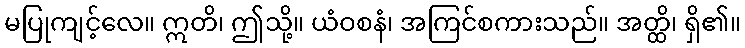
မပြုကျင့်လေ။ ဣတိ၊ ဤသို့။ ယံဝစနံ၊ အကြင်စကားသည်။ အတ္ထိ၊ ရှိ၏။